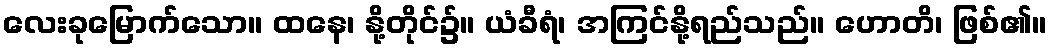
လေးခုမြောက်သော။ ထနေ၊ နို့တိုင်၌။ ယံခီရံ၊ အကြင်နို့ရည်သည်။ ဟောတိ၊ ဖြစ်၏။